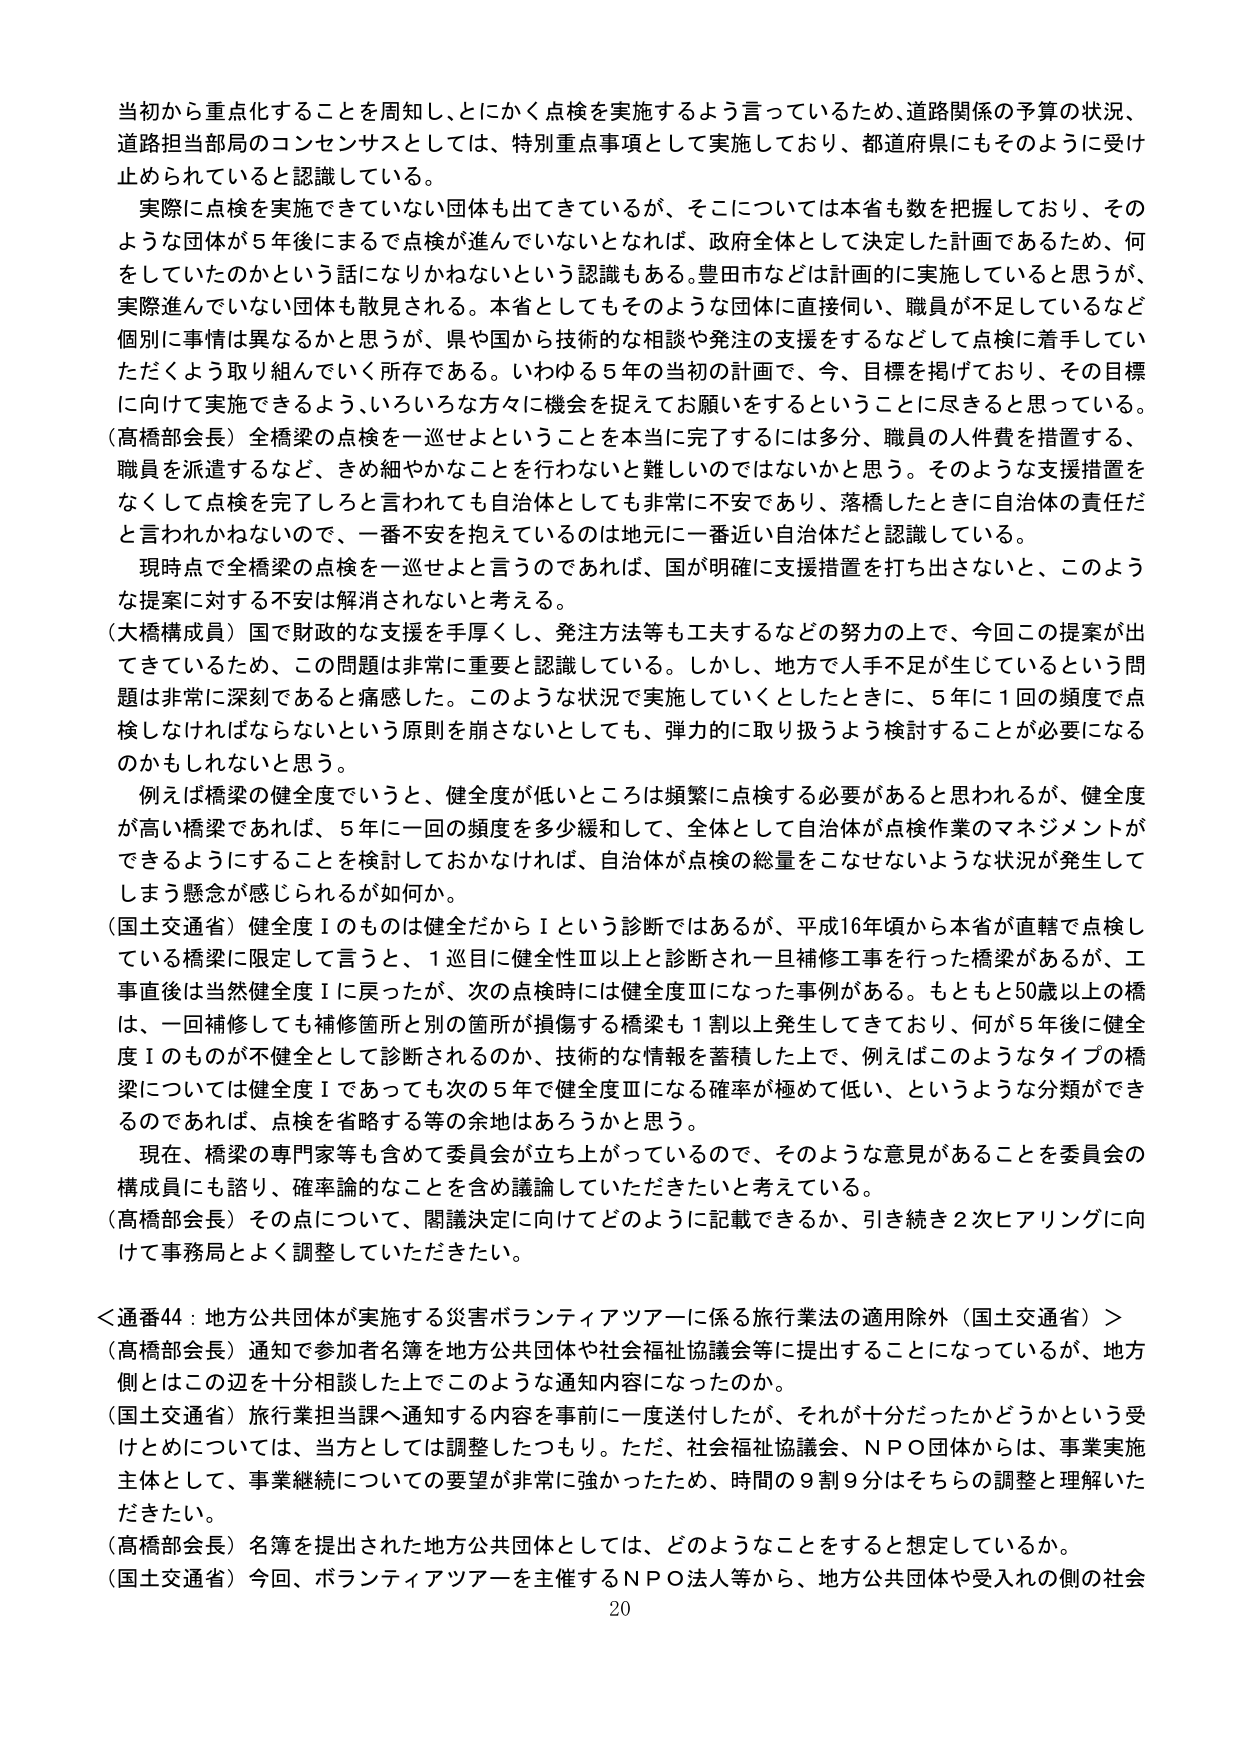
当初から重点化することを周知し、とにかく点検を実施するよう言っているため、道路関係の予算の状況、道路担当部局のコンセンサスとしては、特別重点事項として実施しており、都道府県にもそのように受け止められていると認識している。

実際に点検を実施できていない団体も出てきているが、そこについては本省も数を把握しており、そのような団体が5年後になるまで点検が進んでいないとなれば、政府全体として決定した計画であるため、何をしていたのかという話になりかねないという認識もある。豊田市などは計画的に実施していると思うが、実際進んでいない団体も散見される。本省としてもそのような団体に直接伺い、職員が不足しているなど個別に事情は異なるかと思うが、県や国から技術的な相談や発注の支援をするなどして点検に着手していただくよう取り組んでいく所存である。いわゆる5年の当初の計画で、今、目標を掲げており、その目標に向けて実施できるよう、いろいろな方々に機会を捉えてお願いをするということに尽きると思っている。

（高橋部会長）全橋梁の点検を一巡せよということを本当に完了するには多分、職員の人件費を措置する、職員を派遣するなど、きめ細やかなことを行わないと難しいのではないかと思う。そのような支援措置をなくして点検を完了しろと言われても自治体としても非常に不安であり、落橋したときに自治体の責任だと言われかねないので、一番不安を抱えているのは地元に一番近い自治体だと認識している。

現時点で全橋梁の点検を一巡せよと言うのであれば、国が明確に支援措置を打ち出さないと、このような提案に対する不安は解消されないと考える。

（大橋構成員）国で財政的な支援を手厚くし、発注方法等も工夫するなどの努力の上で、今回この提案が出ているため、この問題は非常に重要と認識している。しかし、地方で人手不足が生じているという問題は非常に深刻であると痛感した。このような状況で実施していくとしたときに、5年に1回の頻度で点検しなければならないという原則を崩さないとしても、弾力的に取り扱うよう検討することが必要になるのかもしれないと思う。

例えば橋梁の健全度でいうと、健全度が低いところは頻繁に点検する必要があると思われるが、健全度が高い橋梁であれば、5年に一回の頻度を多少緩和して、全体として自治体が点検作業のマネジメントができるようにすることを検討しておかなければ、自治体が点検の総量をこなせないような状況が発生してしまう懸念が感じられるが如何か。

（国土交通省）健全度Ⅰのものは健全だからⅠという診断ではあるが、平成16年頃から本省が直轄で点検している橋梁に限定して言うと、1巡目に健全性Ⅲ以上と診断され一旦補修工事を行った橋梁があるが、工事直後は当然健全度Ⅰに戻ったが、次の点検時には健全度Ⅲになった事例がある。もともと50歳以上の橋は、一回補修しても補修箇所と別の箇所が損傷する橋梁も1割以上発生してきており、何が5年後に健全度Ⅰのものが不健全として診断されるのか、技術的な情報を蓄積した上で、例えばこのようなタイプの橋梁については健全度Ⅰであっても次の5年で健全度Ⅲになる確率が極めて低い、というような分類ができるのであれば、点検を省略する等の余地はあろうかと思う。

現在、橋梁の専門家等も含めて委員会が立ち上がっているので、そのような意見があることを委員会の構成員にも諮り、確率論的なことを含め議論していただきたいと考えている。

（高橋部会長）その点について、関議決定に向けてどのように記載できるか、引き続き2次ヒアリングに向けて事務局とよく調整していただきたい。

＜通番44：地方公共団体が実施する災害ボランティアツアーに係る旅行業法の適用除外（国土交通省）＞

（高橋部会長）通知で参加者名簿を地方公共団体や社会福祉協議会等に提出することになっているが、地方側とはこの辺を十分相談した上でこのような通知内容になったのか。

（国土交通省）旅行業担当課へ通知する内容を事前に一度送付したが、それが十分だったかどうかという受けとめについては、当方としては調整したつもり。ただ、社会福祉協議会、NPO団体からは、事業実施主体として、事業継続についての要望が非常に強かったため、時間の9割9分はそちらの調整と理解いただきたい。

（高橋部会長）名簿を提出された地方公共団体としては、どのようなことをすると想定しているか。

（国土交通省）今回、ボランティアツアーを主催するNPO法人等から、地方公共団体や受入れの側の社会

20